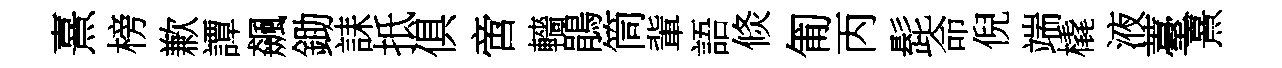
熹榜歉譚飆鋤誄抵俱啻轖鵑筒軰語倐匍丙髭命倪端橇液薹熹